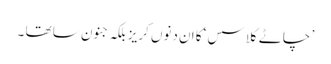
’ چاٹے کلاسس ‘کا ان دنوں کریز بلکہ جنون سا تھا ۔